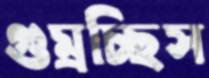
গুম্‌রচ্ছিস